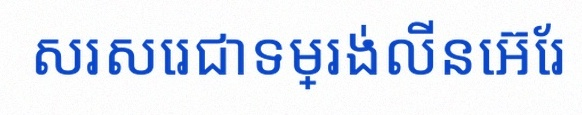
សរសេរជាទម្រង់លីនេអ៊ែរ